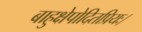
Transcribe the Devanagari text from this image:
बाहुक्षेपोदितप्रियः।